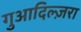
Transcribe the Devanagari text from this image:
गुआदिल्ज़रा